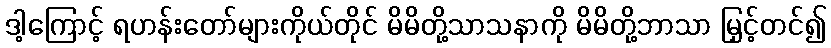
ဒါ့ကြောင့် ရဟန်းတော်များကိုယ်တိုင် မိမိတို့သာသနာကို မိမိတို့ဘာသာ မြှင့်တင်၍